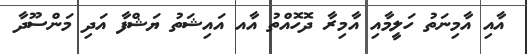
އާއި އާމިނަތު ހަލީމާއި އާމިރާ ދޮހޮއްތު އާއ އައިޝަތު ޔަޝްފާ އަދި މަންސޫދާ